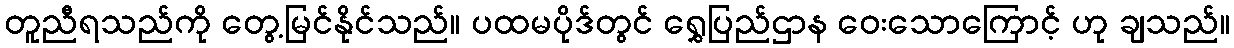
တူညီရသည်ကို တွေ့မြင်နိုင်သည်။ ပထမပိုဒ်တွင် ရွှေပြည်ဌာန ဝေးသောကြောင့် ဟု ချသည်။